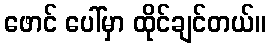
ဖောင် ပေါ်မှာ ထိုင်ချင်တယ်။